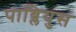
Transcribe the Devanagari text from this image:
पाब्लियुस